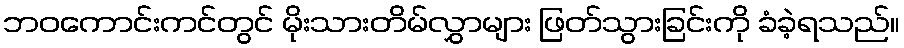
ဘဝကောင်းကင်တွင် မိုးသားတိမ်လွှာများ ဖြတ်သွားခြင်းကို ခံခဲ့ရသည်။